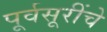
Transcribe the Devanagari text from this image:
पूर्वसूरींचे